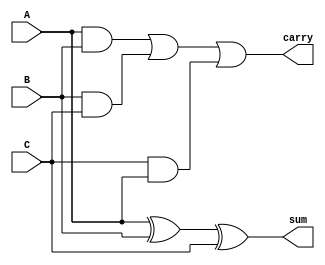
module carry_save_adder (
    input [N-1:0] A,
    input [N-1:0] B,
    input [N-1:0] C,
    output [N-1:0] sum,
    output [N-1:0] carry
);
    parameter N = 8; // Bit-width of inputs

    // Partial sum calculation using XOR
    assign sum = A ^ B ^ C;

    // Carry calculation using AND and OR
    assign carry = (A & B) | (B & C) | (C & A);
endmodule